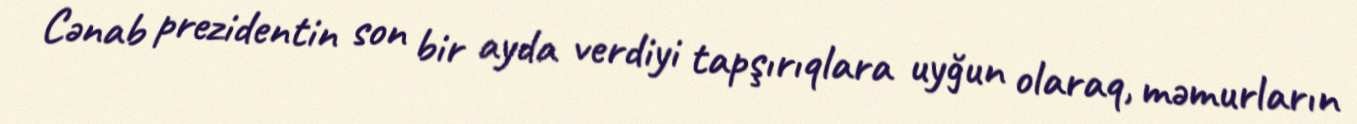
Cənab prezidentin son bir ayda verdiyi tapşırıqlara uyğun olaraq, məmurların